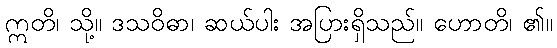
ဣတိ၊ သို့။ ဒသဝိဓာ၊ ဆယ်ပါး အပြားရှိသည်။ ဟောတိ၊ ၏။